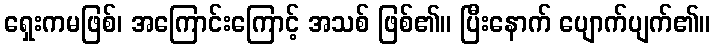
ရှေးကမဖြစ်၊ အကြောင်းကြောင့် အသစ် ဖြစ်၏။ ပြီးနောက် ပျောက်ပျက်၏။